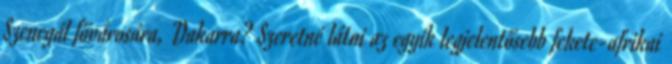
Szenegál fővárosára, Dakarra? Szeretné látni az egyik legjelentősebb fekete-afrikai